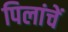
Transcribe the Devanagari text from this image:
पिलांचें